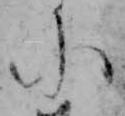
ニ